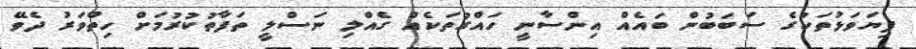
ފިޔަވަޅުތަކުގެ ސަބަބުން ބައެއް އިންސާނީ ހައްގުތަކެއް ގެއްލި ނަސްލީ ތަފާތުކުރުމަށް ހިތްވަރު ދެވޭ